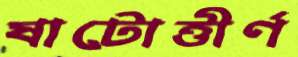
ষাটোত্তীর্ণ